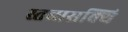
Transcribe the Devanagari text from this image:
स्तब्धसक्थि